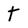
Character: t